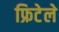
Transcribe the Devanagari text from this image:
फ्रिटेले